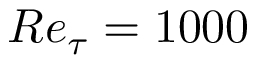
R e _ { \tau } = 1 0 0 0